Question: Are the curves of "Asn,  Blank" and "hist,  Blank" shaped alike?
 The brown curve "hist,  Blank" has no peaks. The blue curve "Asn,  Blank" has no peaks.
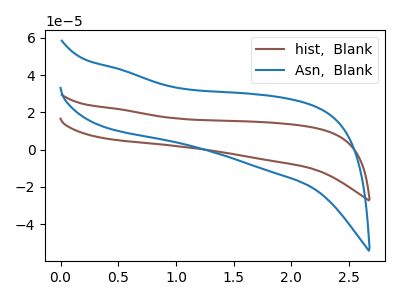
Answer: <think>Neither "Asn,  Blank" or "hist,  Blank" have any peaks.
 </think>
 <answer>"Asn,  Blank" and "hist,  Blank" are similar in shape.</answer>
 <eval>same_shape</eval>